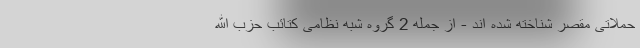
حملاتی مقصر شناخته شده اند - از جمله 2 گروه شبه نظامی کتائب حزب الله